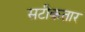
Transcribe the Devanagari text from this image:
सटीकतार